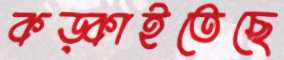
কড়্‌কাইতেছে